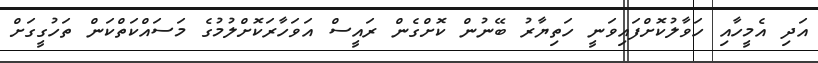
އަދި އެމީހާއި ހަވާލުކޮށްފައިވަނީ ހަތިޔާރު ބޭނުން ކޮށްގެން ރައީސް އަވަހާރަކޮށްލުމުގެ މަސައްކަތްކަން ތަހުގީގަށް